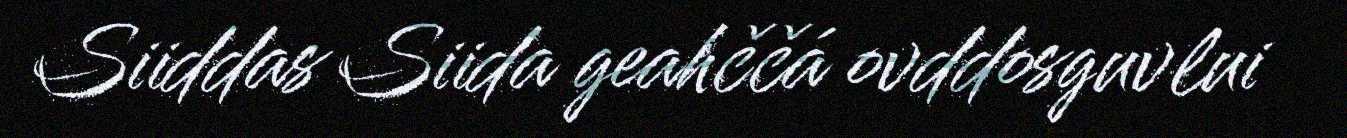
Siiddas Siida geahččá ovddosguvlui